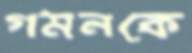
গমনকে